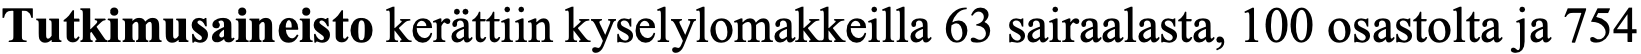
Tutkimusaineisto kerättiin kyselylomakkeilla 63 sairaalasta, 100 osastolta ja 754